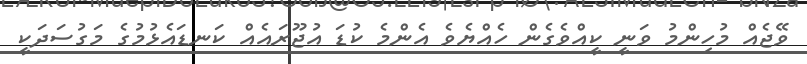
ވޭޖެއް މުހިންމު ވަނީ ކީއްވެގެން ހެއްޔެވެ އެންމެ ކުޑަ އުޖޫރައެއް ކަނޑައެޅުމުގެ މަގުސަދަކީ